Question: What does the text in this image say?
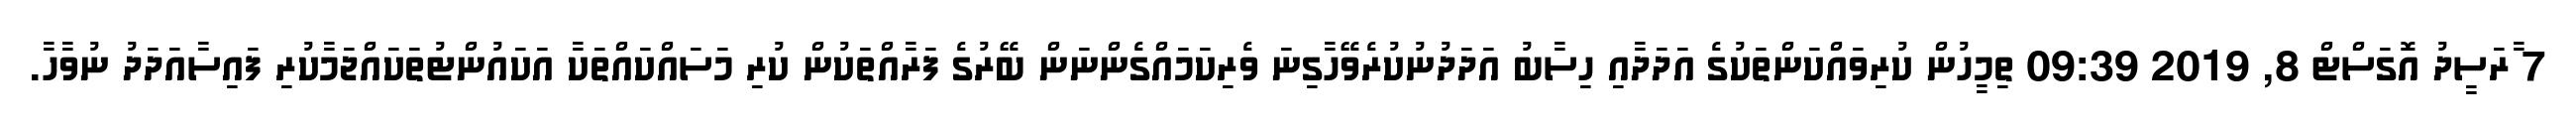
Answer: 7 ާރަސީދު އޮގަސްޓް 8, 2019 09:39 ތިމީހުން ކުރިވައްކަންތަކުގެ އަދަދާއި ހިސާބު އަދަދުނުކުރެވޭހާގިނަ ވެރިކަމައްގެންނަން ބޭރުގެ ފަރާއްތަކުން ކުރި މަސައްކައްތަކާ އަކައުންޓުތަކައްޖަމާކުރި ފައިސާއަދަދު ނުވާހާ.